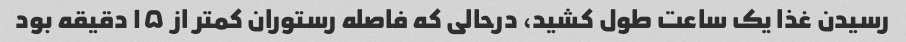
رسیدن غذا یک ساعت طول کشید، درحالی که فاصله رستوران کمتر از ۱۵ دقیقه بود